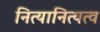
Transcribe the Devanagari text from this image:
नित्यानित्यत्व